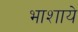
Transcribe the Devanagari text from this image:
भाशाये